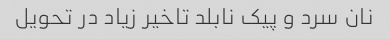
نان سرد و پیک نابلد تاخیر زیاد در تحویل